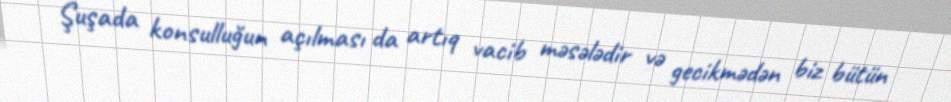
Şuşada konsulluğun açılması da artıq vacib məsələdir və gecikmədən biz bütün